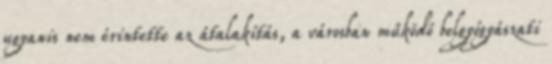
ugyanis nem érintette az átalakítás, a városban működő belgyógyászati